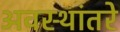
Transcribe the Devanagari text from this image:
अवस्थांतरे